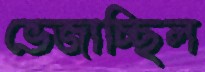
ভেজাচ্ছিল